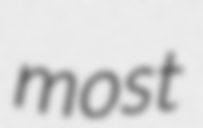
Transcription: most